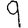
Digit: 9